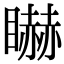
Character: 𥋿